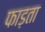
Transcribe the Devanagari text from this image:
फाड़ता